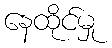
နေထိုင်မှု